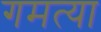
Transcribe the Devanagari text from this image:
गमत्या